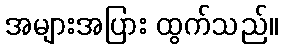
အများအပြား ထွက်သည်။